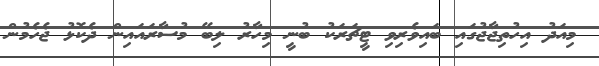
މިއަދު އިހުތިޖާޖުގައި ބައިވެރިވި ޓީޗަރަކު ބުނީ މިހާރު ލިބޭ މުސާރައައިން ދެކޮޅު ޖެހެމުން